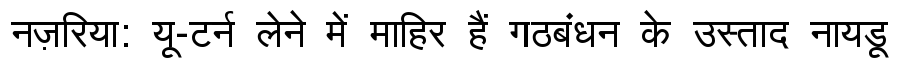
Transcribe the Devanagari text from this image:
नज़रिया: यू-टर्न लेने में माहिर हैं गठबंधन के उस्ताद नायडू